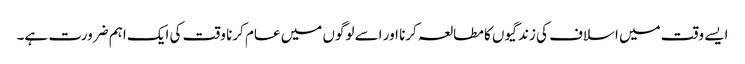
ایسے وقت میں اسلاف کی زندگیوں کا مطالعہ کرنا اور اسے لوگوں میں عام کرنا وقت کی ایک اہم ضرورت ہے۔